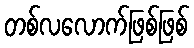
တစ်လလောက်ဖြစ်ဖြစ်